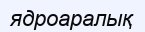
ядроаралық